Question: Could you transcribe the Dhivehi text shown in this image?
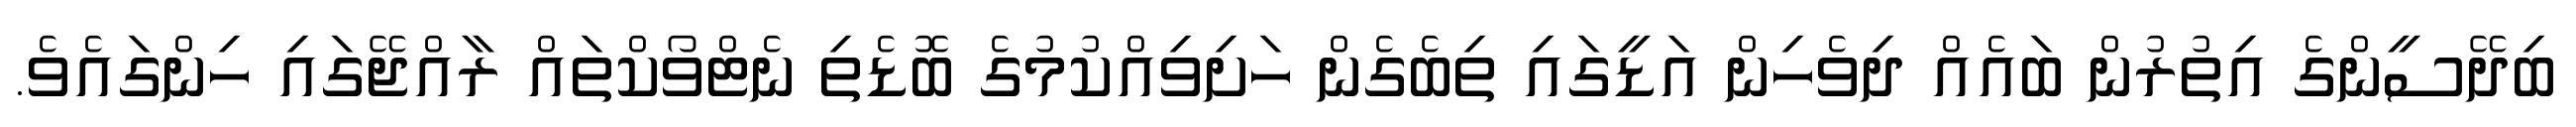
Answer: ބިދޭސީންގެ އިތުރުން ބައެއް ދިވެހިން އަޑީގައި ތިބެގެން ހަށިވިއްކުމުގެ ބޮޑެތި ނެޓްވޯކްތައް ރާއްޖޭގައި ހިންގައެވެ.